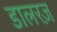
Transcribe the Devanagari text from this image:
डालरज़